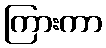
ကြားကာ